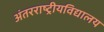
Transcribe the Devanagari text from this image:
अंतरराष्ट्रीयविद्यालय